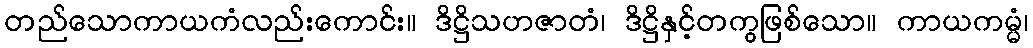
တည်သောကာယကံလည်းကောင်း။ ဒိဋ္ဌိသဟဇာတံ၊ ဒိဋ္ဌိနှင့်တကွဖြစ်သော။ ကာယကမ္မံ၊